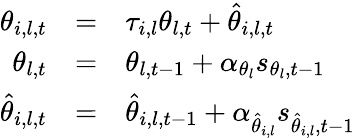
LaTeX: \begin{array}{rcl}{\theta_{i,l,t}}&{=}&{\tau_{i,l}\theta_{l,t}+\hat{\theta}_{i,l,t}}\\ {\theta_{l,t}}&{=}&{\theta_{l,t-1}+\alpha_{\theta_{l}}s_{\theta_{l},t-1}}\\ {\hat{\theta}_{i,l,t}}&{=}&{\hat{\theta}_{i,l,t-1}+\alpha_{\hat{\theta}_{i,l}}s_{\hat{\theta}_{i,l},t-1}}\end{array}